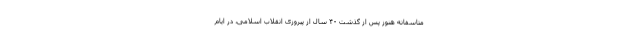
متاسفانه هنوز پس از گذشت ۴۰ سال از پیروزی انقلاب اسلامی، در ایام